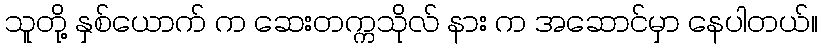
သူတို့ နှစ်ယောက် က ဆေးတက္ကသိုလ် နား က အဆောင်မှာ နေပါတယ်။